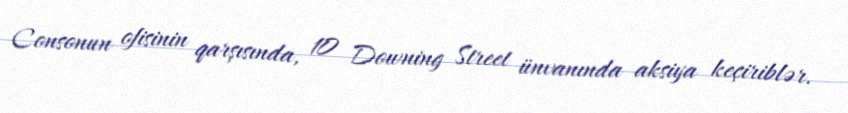
Consonun ofisinin qarşısında, 10 Downing Street ünvanında aksiya keçiriblər.